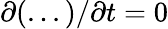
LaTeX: \partial(...)/\partial t=0